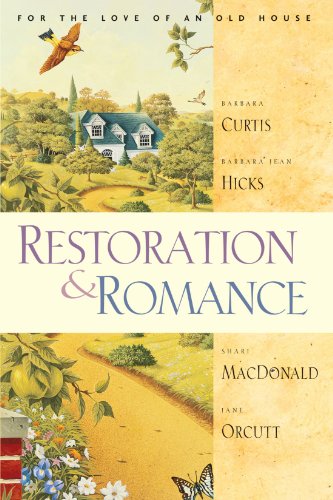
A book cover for Restoration & Romance: For the Love of an Old House; Barbara Jean Hicks; Religion & Spirituality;